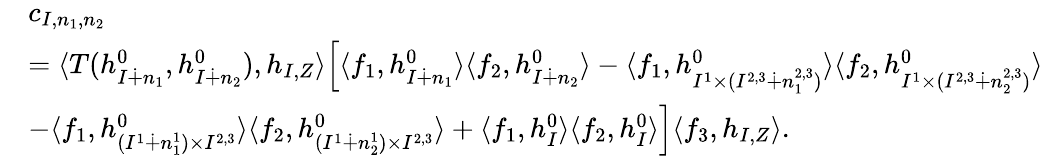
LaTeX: \begin{array}{rl}&{c_{I,n_{1},n_{2}}}\\ &{=\langle T(h_{I\dotplus n_{1}}^{0},h_{I\dotplus n_{2}}^{0}),h_{I,Z}\rangle\Big[\langle f_{1},h_{I\dotplus n_{1}}^{0}\rangle\langle f_{2},h_{I\dotplus n_{2}}^{0}\rangle-\langle f_{1},h_{I^{1}\times(I^{2,3}\dotplus n_{1}^{2,3})}^{0}\rangle\langle f_{2},h_{I^{1}\times(I^{2,3}\dotplus n_{2}^{2,3})}^{0}\rangle}\\ &{-\langle f_{1},h_{(I^{1}\dotplus n_{1}^{1})\times I^{2,3}}^{0}\rangle\langle f_{2},h_{(I^{1}\dotplus n_{2}^{1})\times I^{2,3}}^{0}\rangle+\langle f_{1},h_{I}^{0}\rangle\langle f_{2},h_{I}^{0}\rangle\Big]\langle f_{3},h_{I,Z}\rangle.}\end{array}